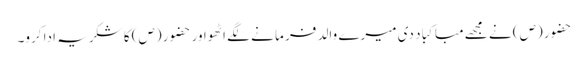
حضور (ص) نے مجھے مبا کبا د دی میرے والد فر ما نے لگے اٹھواور حضو ر (ص) کا شکریہ ادا کرو۔